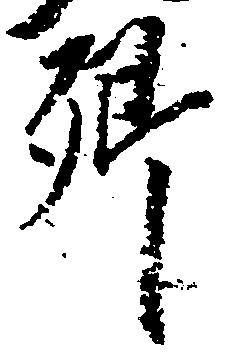
郷